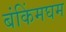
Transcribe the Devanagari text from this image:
बंकिंमघम